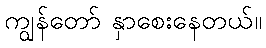
ကျွန်တော် နှာစေးနေတယ်။